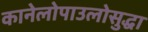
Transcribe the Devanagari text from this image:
कानेलोपाउलोसुद्धा